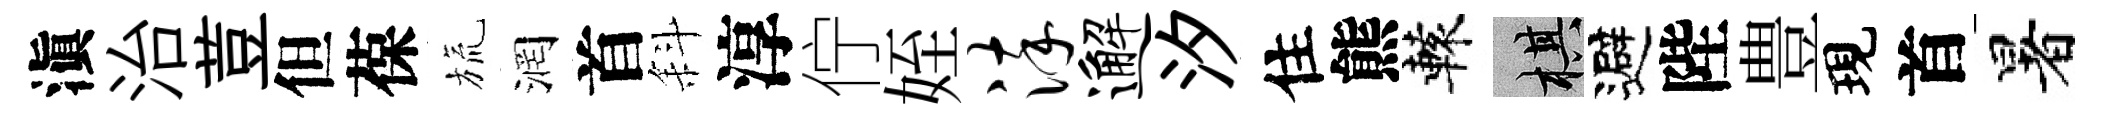
滇治荳但葆旒润首斜淳佇姪淬邂汐住熊轅棋避陛豊現首暑